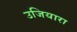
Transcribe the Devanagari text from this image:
उजियारा